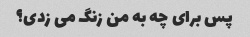
پس برای چه به من زنگ می زدی؟